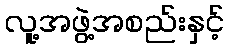
လူ့အဖွဲ့အစည်းနှင့်